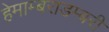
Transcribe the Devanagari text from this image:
हेमाम्बराडम्बरी